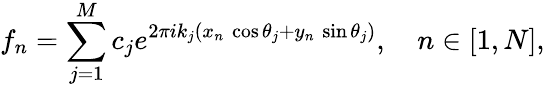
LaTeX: f_{n}=\sum_{j=1}^{M}c_{j}e^{2\pi ik_{j}(x_{n}\, \cos\theta_{j}+y_{n}\, \sin\theta_{j})},~~~~n\in[1,N],